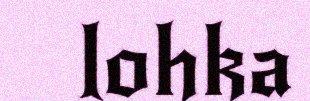
lohka